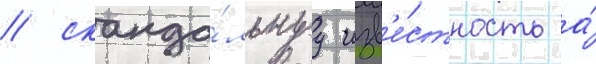
/ сканда́льнуу изв'е́стность а́